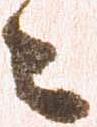
々